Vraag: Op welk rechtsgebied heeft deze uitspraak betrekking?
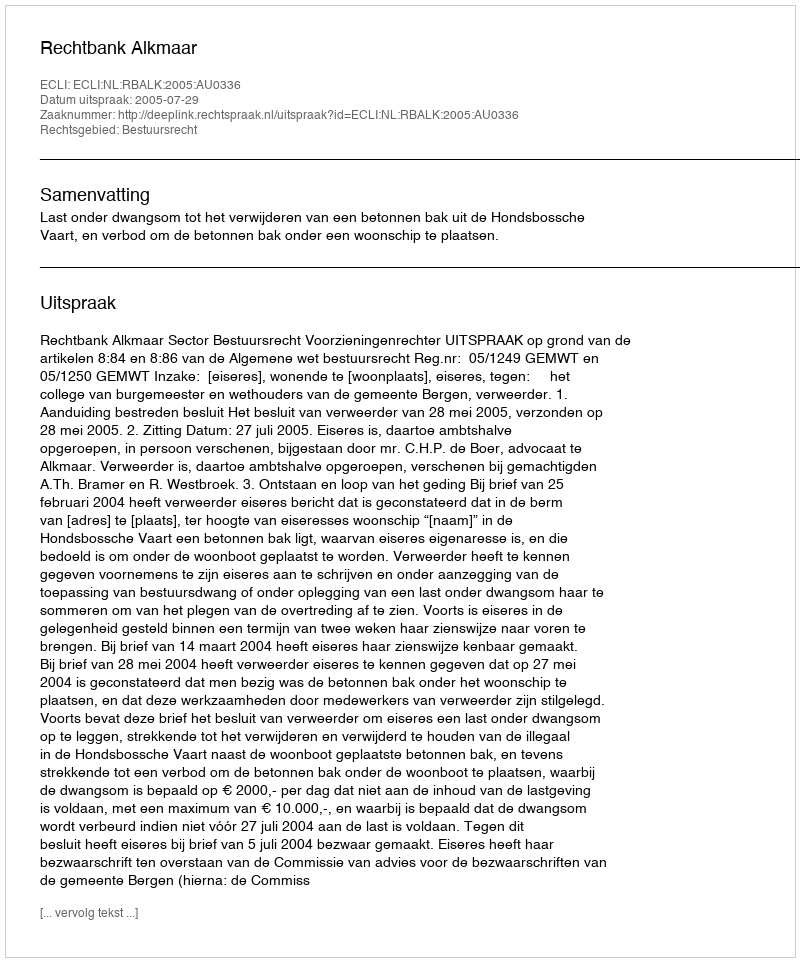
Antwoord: Bestuursrecht